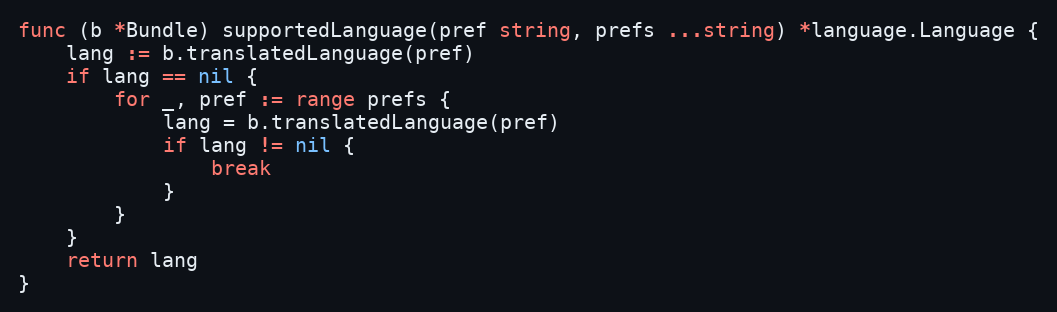
Language: Go
func (b *Bundle) supportedLanguage(pref string, prefs ...string) *language.Language {
	lang := b.translatedLanguage(pref)
	if lang == nil {
		for _, pref := range prefs {
			lang = b.translatedLanguage(pref)
			if lang != nil {
				break
			}
		}
	}
	return lang
}